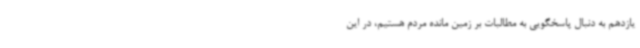
یازدهم به دنبال پاسخگویی به مطالبات بر زمین مانده مردم هستیم، در این